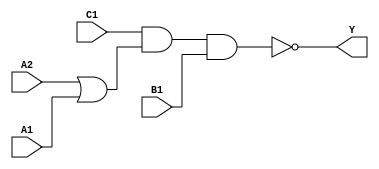
module sky130_fd_sc_ms__o211ai (
    Y ,
    A1,
    A2,
    B1,
    C1
);

    // Module ports
    output Y ;
    input  A1;
    input  A2;
    input  B1;
    input  C1;

    // Module supplies
    supply1 VPWR;
    supply0 VGND;
    supply1 VPB ;
    supply0 VNB ;

    // Local signals
    wire or0_out    ;
    wire nand0_out_Y;

    //   Name   Output       Other arguments
    or   or0   (or0_out    , A2, A1         );
    nand nand0 (nand0_out_Y, C1, or0_out, B1);
    buf  buf0  (Y          , nand0_out_Y    );

endmodule